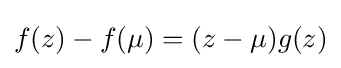
f(z)-f(\mu )=(z-\mu )g(z)